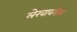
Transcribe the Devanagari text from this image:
लेखावरील